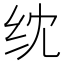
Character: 𬘘